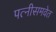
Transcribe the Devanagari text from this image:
पत्नीसमवेत